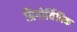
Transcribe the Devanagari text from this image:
ग्रिगोर्यिविक